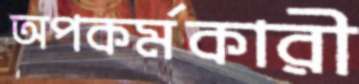
অপকর্মকারী